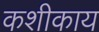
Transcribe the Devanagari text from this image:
कशीकाय